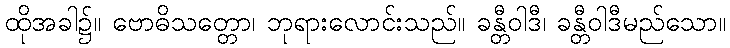
ထိုအခါ၌။ ဗောဓိသတ္တော၊ ဘုရားလောင်းသည်။ ခန္တီဝါဒီ၊ ခန္တီဝါဒီမည်သော။